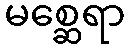
မစ္ဆေရာ